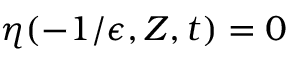
\eta ( - 1 / \epsilon , Z , t ) = 0